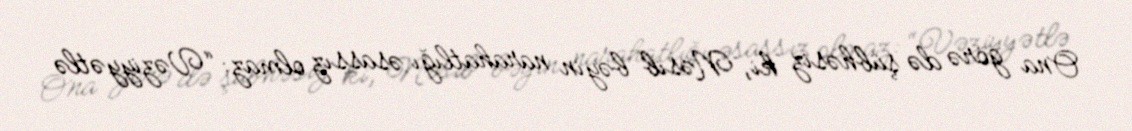
Ona görə də şübhəsiz ki, Nəsib bəyin narahatlığı əsassız olmaz: “Vəziyyətlə